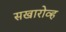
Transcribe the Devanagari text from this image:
सखारोव्ह